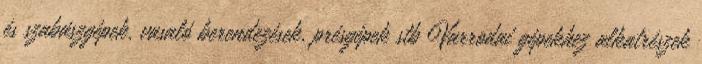
és szabászgépek, vasaló berendezések, présgépek stb Varrodai gépekhez alkatrészek